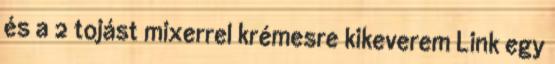
és a 2 tojást mixerrel krémesre kikeverem Link egy